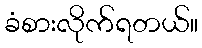
ခံစားလိုက်ရတယ်။